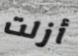
أزلت